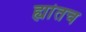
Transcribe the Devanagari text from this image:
ह्यांतच